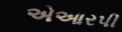
એઆરપી